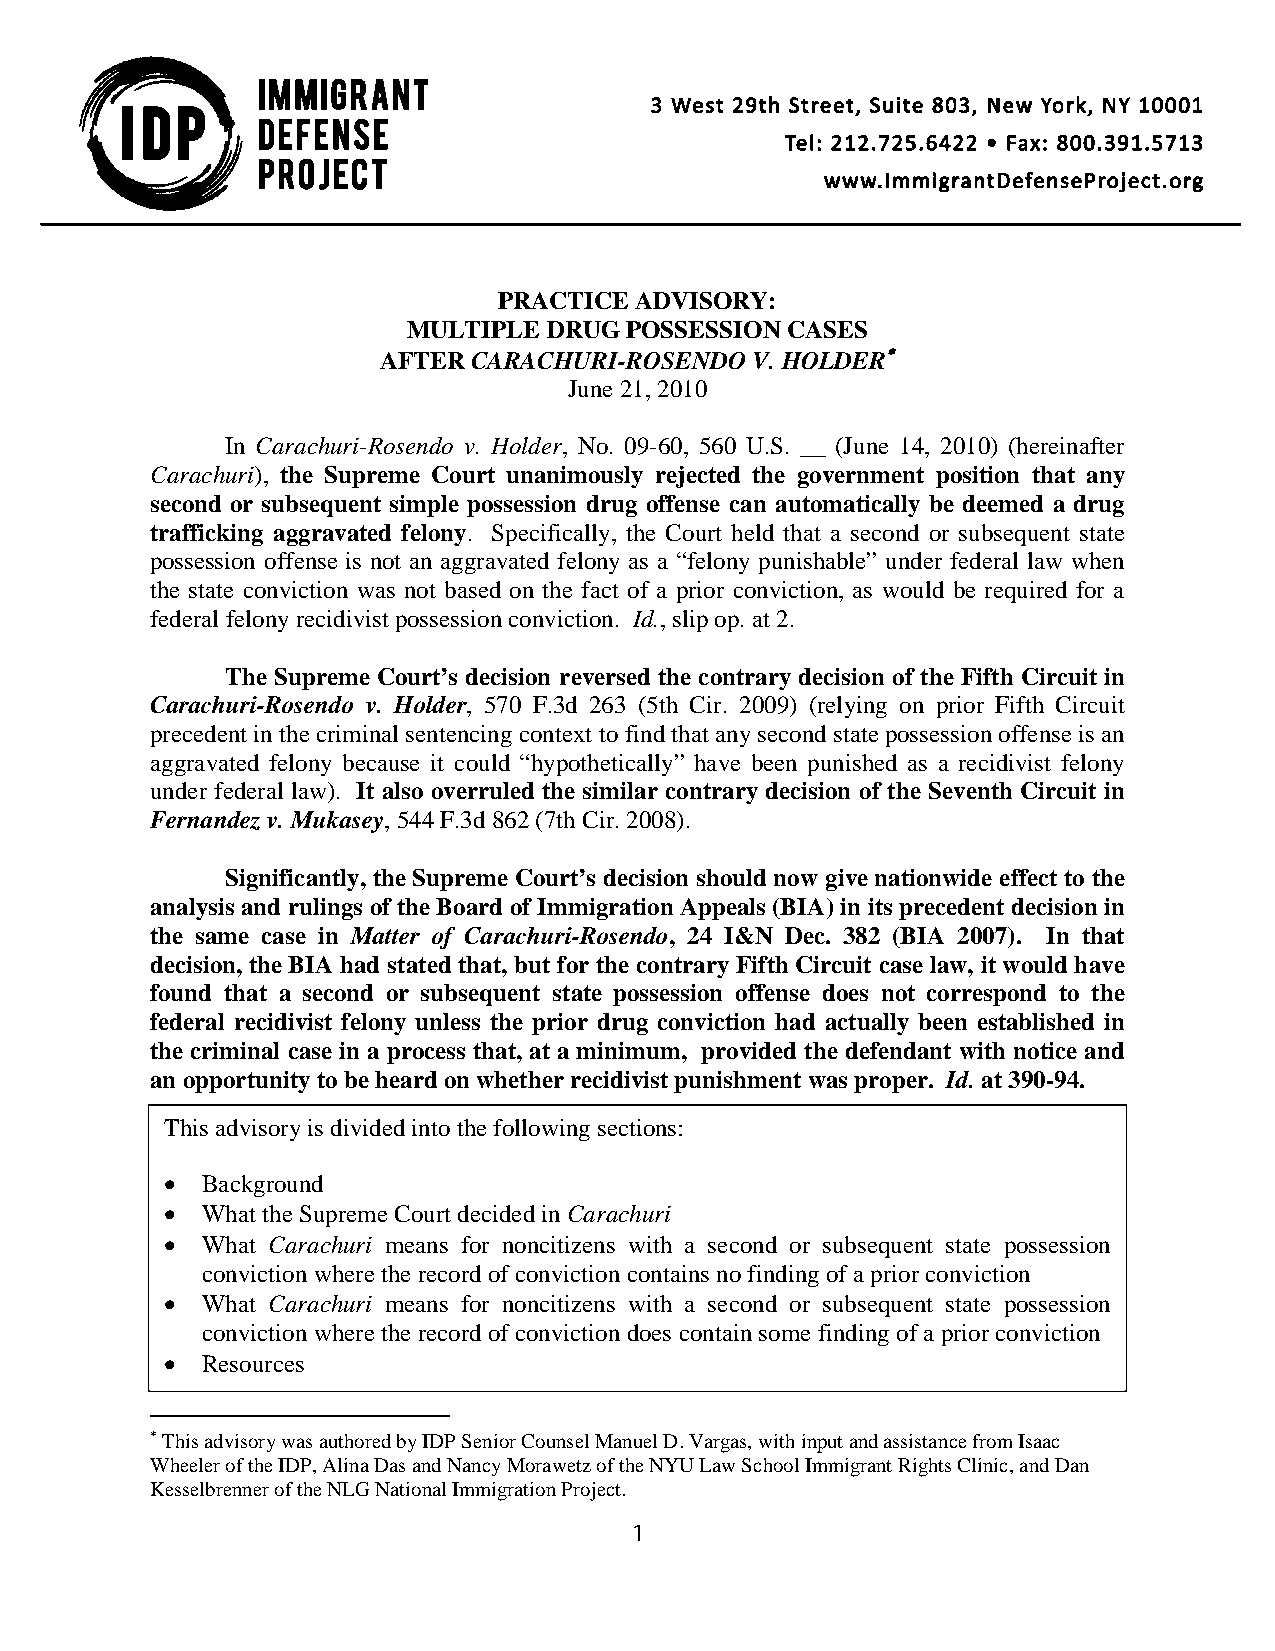
PRACTICE ADVISORY:
 MULTIPLE DRUG POSSESSION CASES
 AFTER CARACHURI-ROSENDO  V. HOLDER
 June 21, 2010
 In Carachuri-Rosendo v. Holder, No. 09-60, 560 U.S. __ (June 14, 2010) (hereinafter
 Carachuri), the Supreme Court unanimously rejected the government position that any
 second or subsequent simple possession drug offense can automatically be deemed a drug
 trafficking aggravated felony. Specifically, the Court held that a second or subsequent state
 possession offense is not an aggravated felony as a “felony punishable” under federal law when
 the state conviction was not based on the fact of a prior conviction, as would be required for a
 federal felony recidivist possession conviction. Id., slip op. at 2.
 The Supreme Court’s decision reversed the contrary decision of the Fifth Circuit in
 Carachuri-Rosendo v. Holder, 570 F.3d 263 (5th Cir. 2009) (relying on prior Fifth Circuit
 precedent in the criminal sentencing context to find that any second state possession offense is an
 aggravated felony because it could “hypothetically” have been punished as a recidivist felony
 under federal law). It also overruled the similar contrary decision of the Seventh Circuit in
 Fernandez v. Mukasey, 544 F.3d 862 (7th Cir. 2008).
 Significantly, the Supreme Court’s decision should now give nationwide effect to the
 analysis and rulings of the Board of Immigration Appeals (BIA) in its precedent decision in
 the same case in Matter of Carachuri-Rosendo, 24 I&N Dec. 382 (BIA 2007). In that
 decision, the BIA had stated that, but for the contrary Fifth Circuit case law, it would have
 found that a second or subsequent state possession offense does not correspond to the
 federal recidivist felony unless the prior drug conviction had actually been established in
 the criminal case in a process that, at a minimum, provided the defendant with notice and
 an opportunity to be heard on whether recidivist punishment was proper. Id. at 390-94.
 This advisory is divided into the following sections:
  Background
  What the Supreme Court decided in Carachuri
  What Carachuri means for noncitizens with a second or subsequent state possession
 conviction where the record of conviction contains no finding of a prior conviction
  What Carachuri means for noncitizens with a second or subsequent state possession
 conviction where the record of conviction does contain some finding of a prior conviction
  Resources
 This advisory was authored by IDP Senior Counsel Manuel D. Vargas, with input and assistance from Isaac
 Wheeler of the IDP, Alina Das and Nancy Morawetz of the NYU Law School Immigrant Rights Clinic, and Dan
 Kesselbrenner of the NLG National Immigration Project.
 1